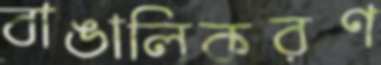
বাঙালিকরণ